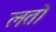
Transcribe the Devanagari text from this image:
लतो